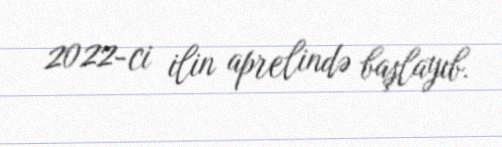
2022-ci ilin aprelində başlayıb.